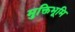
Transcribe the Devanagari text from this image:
मुक्तिभूमि